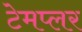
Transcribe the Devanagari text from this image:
टेमप्लर